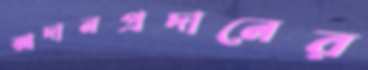
আদানপ্রদানের